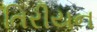
તિરીયન